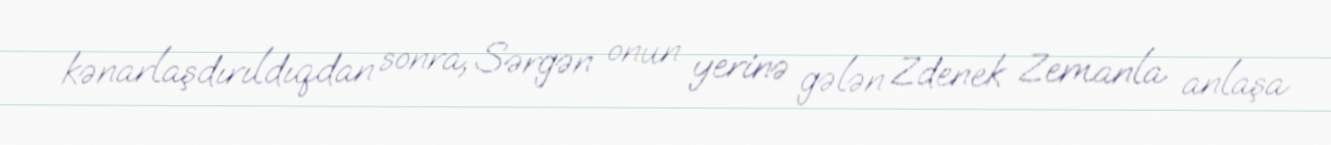
kənarlaşdırıldıqdan sonra, Sərgən onun yerinə gələn Zdenek Zemanla anlaşa